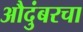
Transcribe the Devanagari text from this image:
औदुंबरचा